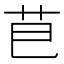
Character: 𮎣